Medical and sanitary report of the native army of Bengal for the year
Year: 1876
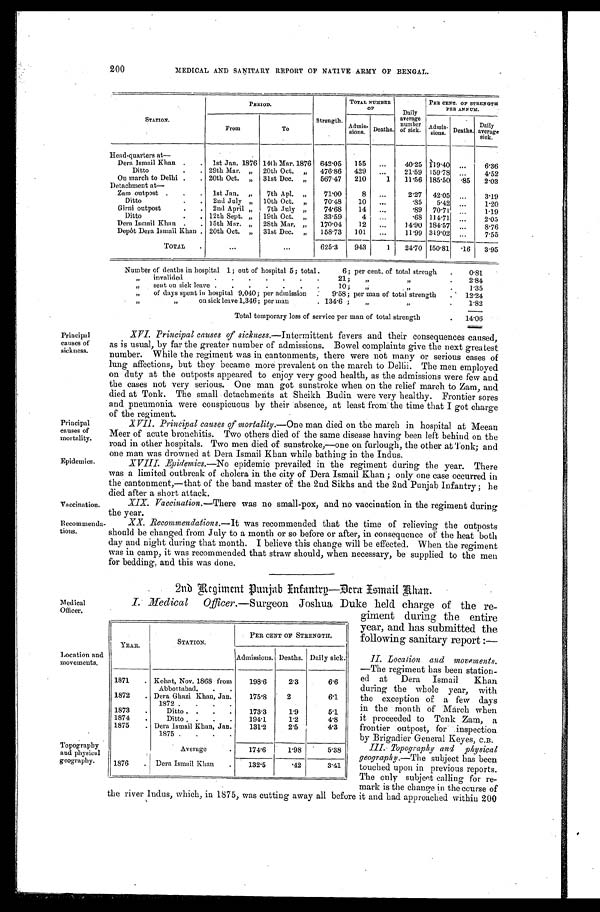
Principal
causes of
mortality.
Epidemics.
Vaccination.
Recommenda.
tions.
200
MEDICAL AND SANITARY REPORT OF NATIVE ARMY OF BENGAL.
STATION.
PERIOD.
Strength.
TOTAL NUMBER
OF
Daily
average number
of sick.
PEE CENT. OF STRENGTH
PER ANNUM.
From
To
Admis- sions. Deaths.
Admis- si ons Deaths. Daily
average sick.
Head-quarters at—
Dera Ismail Khan
1st Jan. 1876 14th Mar. 1876 642.05 155
40.25 119.40
6.36
Ditto
29th Mar. " 20th Oct. " 476.86 429
21.59 159.78
4.52
On march to Delhi
20th Oct. " 31st Dec. " 567.47 210
1 11.56 185.50 . 85 2.03
Detachment at
—
Zam outpost 1st Jan. " 7th Apl. "
71.00
8
2.27 42.05
3.19
Ditto
2nd July
10th Oct. "
70.48 10
.85 5.42
1.20
Girni outpost
2nd April " 7th July "
74.68 14
.89 70.71
1.19
Ditto
12th Sept. " 19th Oct. "
33.59
4
.68 114.71
2.05
Dera Ismail Khan
15th Mar. " 28th Mar, " 170.04 12
14.90 184.57
8.76
Depot Dera Ismail Khan 20th Oct.
31st Dec. " 158.73 101
11.99 319.02
7.55
TOTAL
625.3 943
1 24.70
1 5 0 . 8 1
. 1 6
3 . 9 5
Number of deaths in hospital 1; out of hospital 5; total 6; per cent. of total strengh
0.81
" invalided 21; " ". 2.84
" s e n t o n s i c k l e a v e
1 0 : " " 1.35
" of days spent in hospital 9,040; per admission 9.58; per man of total strength 12.24
" " o n s i c k l e a v e 1 , 3 4 6 ; p e r m a n 1 3 4 . 6 ; " " 1.82
Total temporary loss of service per man of total strength
14.06
Principal
causes of
sickness.
Medical
Officer.
Location and
movements,
Topography
and physical
geography.
XVI. Principal causes of sickness.—I ntermittent fevers and their consequences caused,
as is usual, by far the greater number of admissions. Bowel complaints give the next greatest
number. While the regiment was in cantonments, there were not many or serious cases of
lung affections, but they became more prevalent on the march to Delhi. The men employed
on duty at the outposts appeared to enjoy very good health, as the admissions were few and
the cases not very serious. One man got sunstroke when. on the relief march to Zam, and
died at Tonk. The small detachments at Sheikh Budin were very healthy. Frontier sores
and pneumonia were conspicuous by their absence, at least from-the time that I got charge
of the regiment.
.XVII. Principal causes of mortality. —One man died on the march in hospital at Meean
Meer of acute bronchitis. Two others died of the same disease having been left behind on the
road in other hospitals. Two men died of sunstroke,—one on furlough, the other at Tonk; and
One man was drowned at Dera Ismail Khan while bathing in the Indus.
XVIII. Epidemics,—No epidemic prevailed in the regiment during the year. There
was a limited outbreak of cholera in the city of Dera Ismail Khan; only one case occurred in
the cantonment,—that of the band master of the 2nd Sikhs and. the 2nd Punjab Infantry; he
died after a short attack.
XIX. Vaccination.—There was no small-pox, and no vaccination in the regiment during
the year.
XX. Recommendations. —It was recommended that the time of relieving the outposts
should be changed from July to a month or so before or after, in consequence of the heat both
day and night during that month. I believe this change will be effected. When the regiment
was in camp, it was recommended that straw should, when necessary, be supplied to the men
for bedding, and this was done.
•
2nd Regiment Punjab Infantry—Dera Ismail Khan.
I. Medical Officer.—Surgeon Joshua Duke held charge of the re
-giment during the entire
year, and has submitted the
following sanitary report
:—
II. Location and movements.
—The regiment has been station
- e d a t D e r a I s m a i l K h a n
during the whole year, with
the exception of a few days
in the month of . March when
it proceeded to Tonk Zam, a
frontier outpost, for inspection
by Brigadier General Keyes, C.B.
III. Topography and physical
geography.—The subject has been
touched upon in previous reports.
The only subject calling for re-
mark is the change in the course of
the river Indus, which, in 1875, was cutting away all before it and had approached within 200
YEAR.
STATION.
PER CENT OF STRENGTH.
Admissions. Deaths. Daily sick.
1871
Kohat, Nov. 1868 from
Abbottabad.
198.6
2.3
6.6
1872
Dera Ghazi Khan, Jan.
1872
175.8
2
6.1
1873
Ditto
173.3
1.9
5.1
1874
Ditto
194.1
1.2
4.8
1875
Dera Ismail Khan, Jan.
1875
131.2
2.5
4.3
Average
174.6
1.98
5.38
1876
Dera Ismail Khan 132.5
.42
3.41